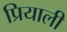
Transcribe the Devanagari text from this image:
प्रियाली